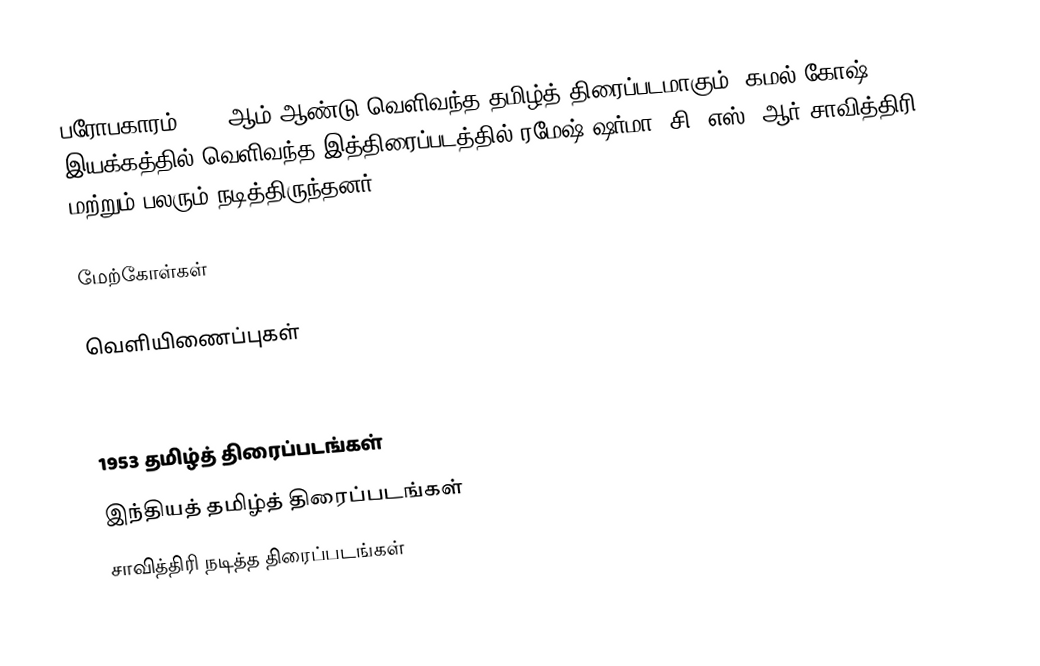
பரோபகாரம் 1953 ஆம் ஆண்டு வெளிவந்த தமிழ்த் திரைப்படமாகும். கமல் கோஷ் இயக்கத்தில் வெளிவந்த இத்திரைப்படத்தில் ரமேஷ் ஷர்மா, சி. எஸ். ஆர் சாவித்திரி மற்றும் பலரும் நடித்திருந்தனர்.

மேற்கோள்கள்

வெளியிணைப்புகள்

1953 தமிழ்த் திரைப்படங்கள்
இந்தியத் தமிழ்த் திரைப்படங்கள்
சாவித்திரி நடித்த திரைப்படங்கள்